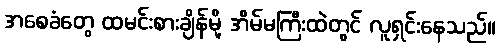
အစေခံတွေ ထမင်းစားချိန်မို့ အိမ်မကြီးထဲတွင် လူရှင်းနေသည်။